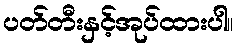
ပတ်တီးနှင့်အုပ်ထားပါ။